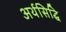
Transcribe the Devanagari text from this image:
अर्थसिद्धि